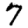
Digit: 7